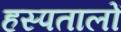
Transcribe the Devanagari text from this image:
हस्पतालों